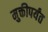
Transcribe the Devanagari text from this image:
मुक्तीपर्यंत